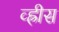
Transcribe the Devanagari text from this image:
व्ह्रीस